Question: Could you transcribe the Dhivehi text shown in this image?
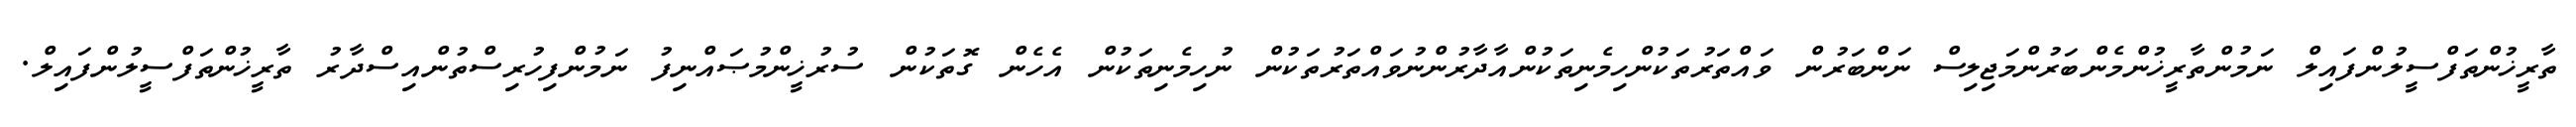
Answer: ތާރީޚުންތަފްސީލުންފައިލް ނަމުންތާރީޚުންމެންބަރުންމަޖިލިސް ނަންބަރުން ވައްތަރުތަކުންހިމެނިތަކުންއާދާރުންނުވައްތަރުތަކުން ނުހިމެނިތަކުން އެހެން ގޮތަކުން ސުރުޚީންމުޞައްނިފު ނަމުންފިހުރިސްތުންއިސްދާރު ތާރީޚުންތަފްސީލުންފައިލް.